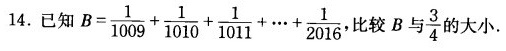
14.已知$$B = \frac{ 1 }{ 1 0 0 9 } + \frac{ 1 } { 1 0 1 0 } + \frac { 1 } { 1 0 1 1 } + ……\frac { 1 } { 2 0 1 6 }$$，比较B与\frac{3}{4}的大小.